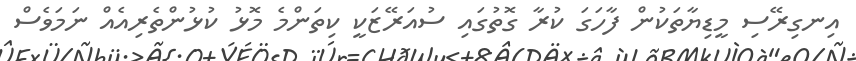
އިނގިރޭސި މީޑިޔާތަކުން ފާހަގަ ކުރާ ގޮތުގައި ސުއަރޭޒަކީ ކިތަންމެ މޮޅު ކުޅުންތެރިއެއް ނަމަވެސް